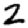
Digit: 2